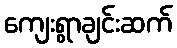
ကျေးရွာချင်းဆက်